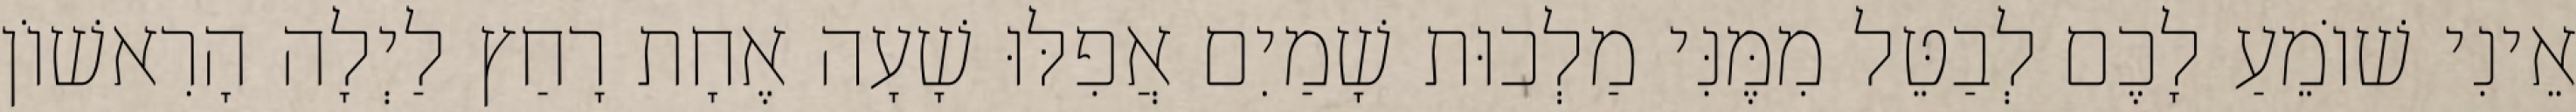
אֵינִי שׁוֹמֵעַ לָכֶם לְבַטֵּל מִמֶּנִּי מַלְכוּת שָׁמַיִם אֲפִלּוּ שָׁעָה אֶחָת רָחַץ לַיְלָה הָרִאשׁוֹן